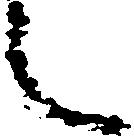
々